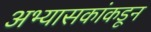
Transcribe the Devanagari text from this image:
अभ्यासकांकडून